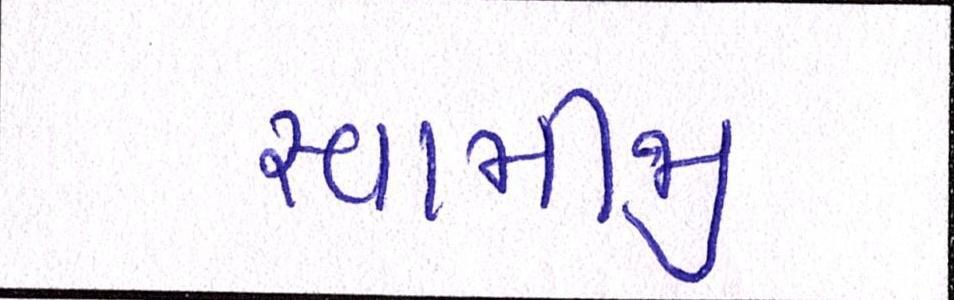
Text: સ્વામીજી